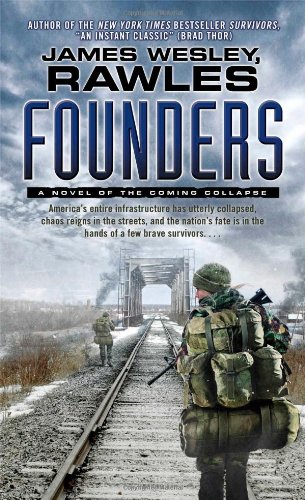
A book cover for Founders: A Novel of the Coming Collapse; James Wesley Rawles; Mystery, Thriller & Suspense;